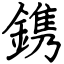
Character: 鎸